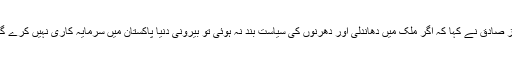
ایاز صادق نے کہا کہ اگر ملک میں دھاندلی اور دھرنوں کی سیاست بند نہ ہوئی تو بیرونی دنیا پاکستان میں سرمایہ کاری نہیں کرے گی۔